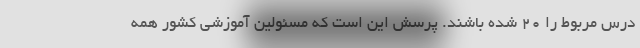
درس مربوط را ۲۰ شده باشند. پرسش این است که مسئولین آموزشی کشور همه